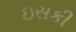
ઇસકી